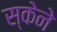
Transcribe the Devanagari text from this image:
स्केने